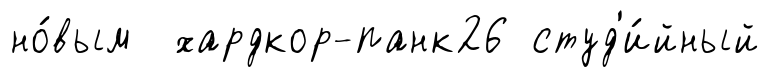
но́вым хардкор-панк26 студ'и́йный